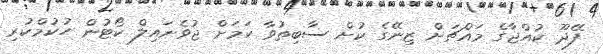
ފޭދޫ ކުއްޖާގެ މައްޗަށް ޒިނޭގެ ކުށް ސާބިތުވާ ކަމަށް ޖުވެނައިލް ކޯޓުން ހުކުމްކުރި